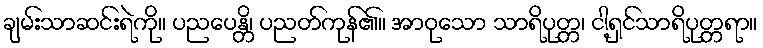
ချမ်းသာဆင်းရဲကို။ ပညပေန္တိ၊ ပညတ်ကုန်၏။ အာဝုသော သာရိပုတ္တ၊ ငါ့ရှင်သာရိပုတ္တရာ။